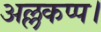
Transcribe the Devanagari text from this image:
अल्लकप्प।